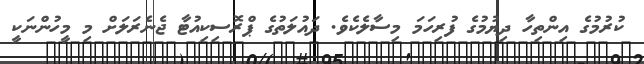
ކުރުމުގެ އިންތިހާ ދިޔުމުގެ ފުރިހަމަ މިސާލެކެވެ. ދައުލަތުގެ ޕްރޮސިކިއުޓާ ޖެނެރަލަށް މި މީހުންނަކީ